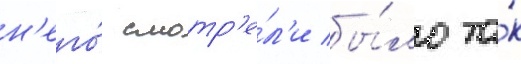
н'его́ смотр'е́л'и бы́ло та́к